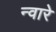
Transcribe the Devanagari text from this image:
न्वारे